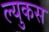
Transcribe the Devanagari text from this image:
ल्युकस